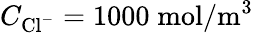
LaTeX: C_{{\mathrm{Cl}}^{-}}=1000\; \mathrm{mol}/\mathrm{m}^{3}